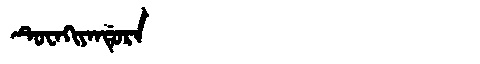
Manchu: ᡨᡠᠸᠠᡴᡳᠶᠠᠨᡩᡠᡵᠠ
Romanization: TUWAKIYANDURA